Indian journal of veterinary science and animal husbandry - Volume 3,
Year: 1933
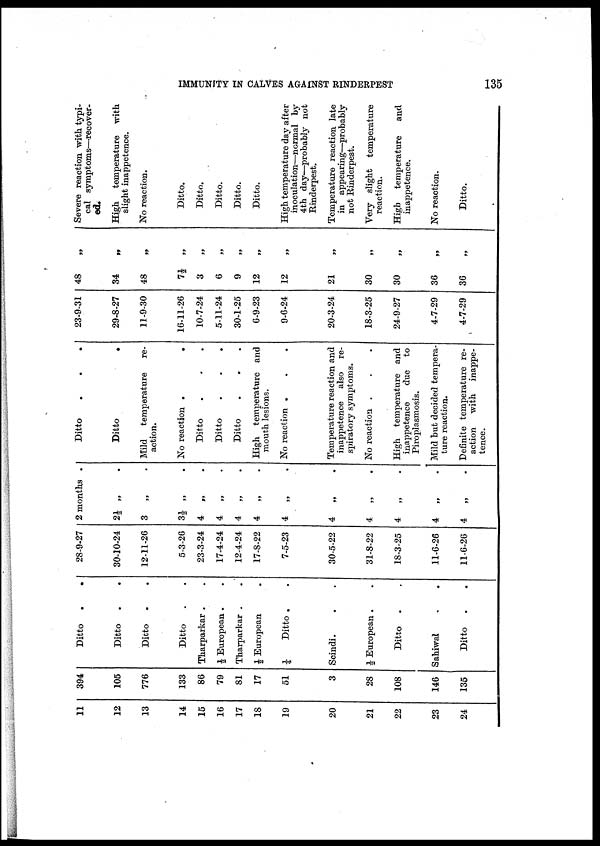
IMMUNITY IN CALVES AGAINST RINDERPEST
135
11
12
13
14
15
16
17
18
19
20
21
22
23
24
394
105
776
133
86
79
81
17
51
3
28
108
146
135
Ditto
. .
Ditto
. .
Ditto
. .
Ditto . .
Tharparkar . .
½ European . .
Tharparkar . .
½ European .
¼
Ditto . .
Scindi . . .
½ European . .
Ditto . .
Sahiwal . .
Ditto . .
28-9-27
30-10-24
12-11-26
5-3-26
23-3-24
17-4-24
12-4-24
17-8-22
7-5-23
30-5-22
31-8-22
18-3-25
11-6-26
11-6-26
2 months .
2½ „ .
3 „ .
3½ „ .
4
„
.
4
„ .
4
„ .
4
„ .
4 „ .
4 „ .
4
„ .
4
„ .
4
„ .
4 „ .
Ditto
.
.
.
Ditto
.
Mild temperature
re-
action.
No reaction .
.
Ditto . . .
Ditto . . .
Ditto . . .
High temperature and
mouth lesions.
No reaction . . .
Temperature reaction and
inappetence also re-
spiratory symptoms.
No reaction . . .
High temperature and
inappetence
due
to
Piroplasmosis.
Mild but decided tempera-
ture reaction.
Definite temperature re-
action
with
inappe-
tence.
23-9-31
29-8-27
11-9-30
16-11-26
10-7-24
5-11-24
30-1-25
6-9-23
9-6-24
20-3-24
18-3-25
24-9-27
4-7-29
4-7-29
48
34
48
7½
3
6
9
12
12
21
30
30
36
36
„
„
„
„
„
„
„
„
„
„
„
„
„
„
Severe reaction with typi-
cal symptoms—recover-
ed.
High temperature with
slight inappetence.
No reaction.
Ditto.
Ditto.
Ditto.
Ditto.
Ditto.
High temperature day after
inoculation—normal by
4th day —probably not
Rinderpest.
Temperature reaction late
in appearing —probably
not Rinderpest.
Very slight temperature
reaction.
High
temperature
and
inappetence.
No reaction.
Ditto.